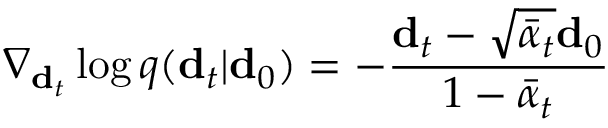
\nabla _ { \mathbf { d } _ { t } } \log q ( \mathbf { d } _ { t } \vert \mathbf { d } _ { 0 } ) = - \frac { \mathbf { d } _ { t } - \sqrt { \bar { \alpha } _ { t } } \mathbf { d } _ { 0 } } { 1 - \bar { \alpha } _ { t } }